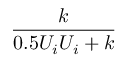
\frac { k } { 0 . 5 U _ { i } U _ { i } + k }